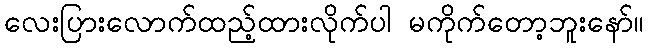
လေးပြားလောက်ထည့်ထားလိုက်ပါ မကိုက်တော့ဘူးနော်။